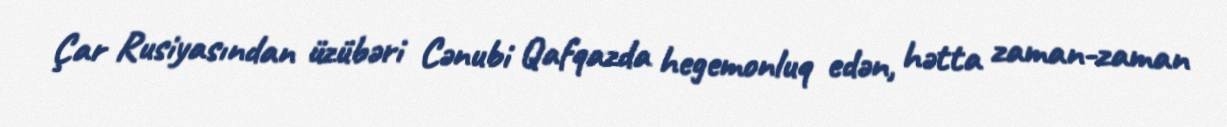
Çar Rusiyasından üzübəri Cənubi Qafqazda hegemonluq edən, hətta zaman-zaman